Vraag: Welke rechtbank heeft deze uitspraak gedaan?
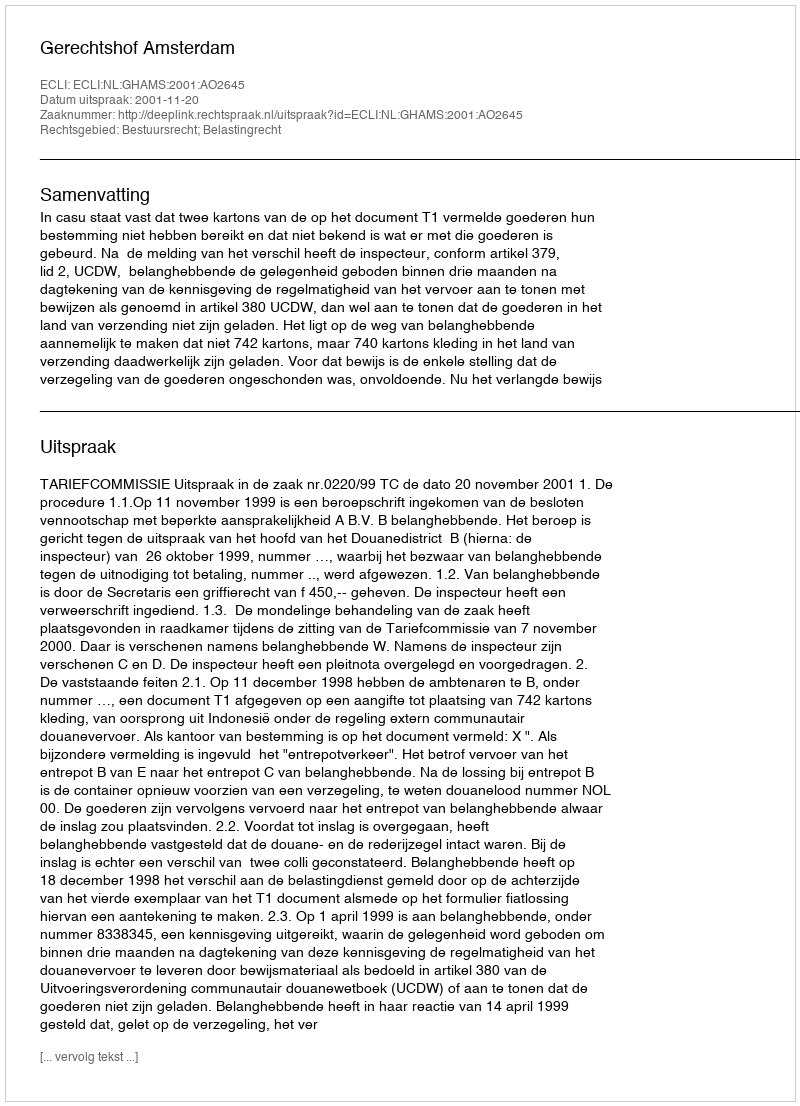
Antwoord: Gerechtshof Amsterdam